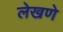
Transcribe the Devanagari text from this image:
लेखणे